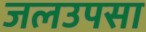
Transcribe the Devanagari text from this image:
जलउपसा